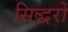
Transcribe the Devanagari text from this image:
सिद्धरों